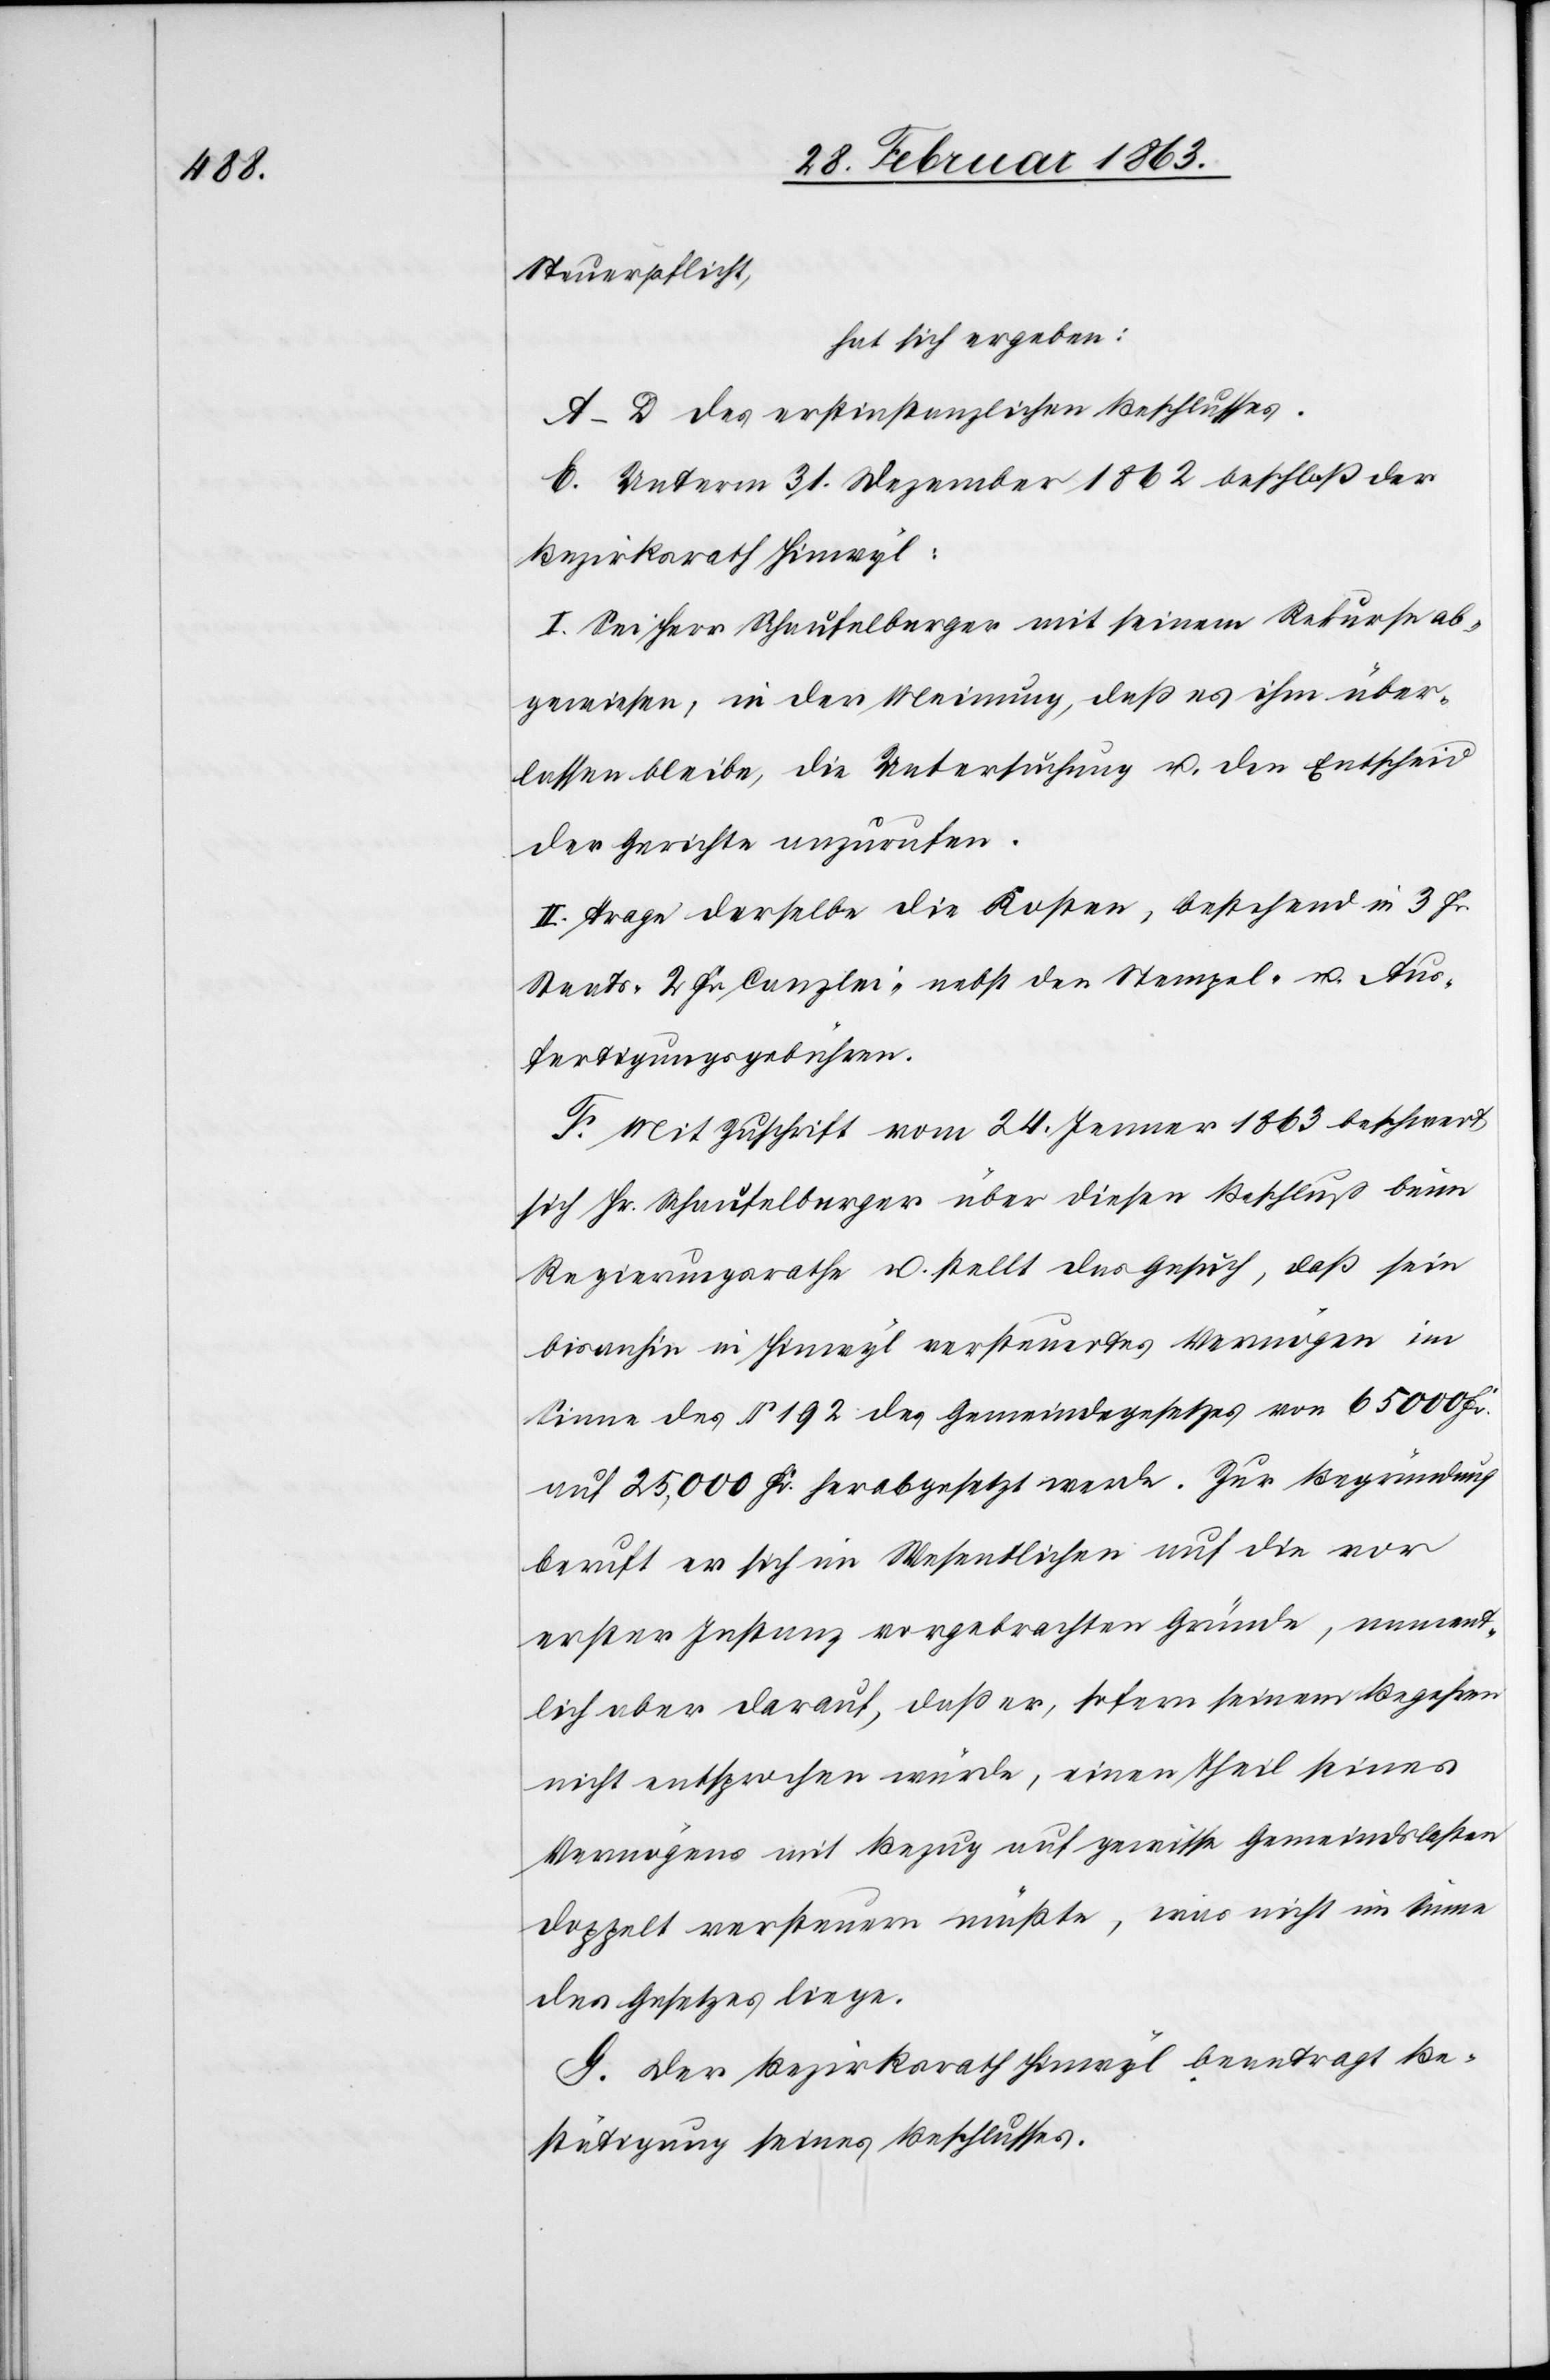
Steuerpflicht,
hat sich ergeben:
A–D des erstinstanzlichen Beschlusses.
E. Unterm 31. Dezember 1862 beschloß der
Bezirksrath Hinwyl:
I. Sei Herr Schaufelberger mit seinem Rekurse ab¬
gewiesen, in der Meinung, daß es ihm über¬
lassen bleibe, die Untersuchung u. den Entscheid
der Gerichte anzurufen.
II. Trage derselbe die Kosten, bestehend in 3 Fr.
Staats-[,] 2 Fr. Canzlei- nebst den Stempel- u. Aus¬
fertigungsgebühren.
F. Mit Zuschrift vom 24. Jenner 1863 beschwert
sich Hr. Schaufelberger über diesen Beschluß beim
Regierungsrathe u. stellt das Gesuch, daß sein
bisanhin in Hinwyl versteuertes Vermögen im
Sinne des § 192 des Gemeindegesetzes von 65 000 Fr.
auf 25,000 Fr. herabgesetzt werde. Zur Begründung
beruft er sich im Wesentlichen auf die vor
erster Instanz vorgebrachten Gründe, nament¬
lich aber darauf, daß er, sofern seinem Begehren
nicht entsprochen würde, einen Theil seines
Vermögens mit Bezug auf gewisse Gemeindslasten
doppelt versteuern müßte, was nicht im Sinne
des Gesetzes liege.
G. Der Bezirksrath Hinwyl beantragt Be¬
stätigung seines Beschlusses.